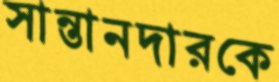
সান্তানদারকে